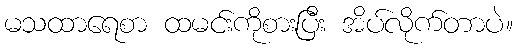
မသထာရေစာ ထမင်းကိုစားပြီး အိပ်လိုက်တာပဲ။